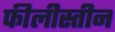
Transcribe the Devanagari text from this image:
फीलीस्तीन